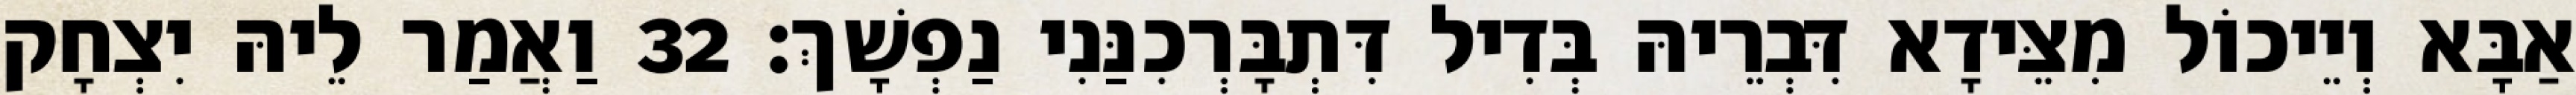
אַבָּא וְיֵיכוֹל מִצֵּידָא דִּבְרֵיהּ בְּדִיל דִּתְבָּרְכִנַּנִי נַפְשָׁךְ׃ 32 וַאֲמַר לֵיהּ יִצְחָק